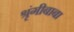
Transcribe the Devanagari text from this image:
श्रृंगीबाबा